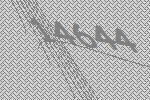
14644